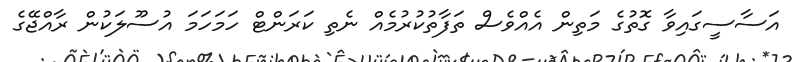
އަސާސީގައިވާ ގޮތުގެ މަތިން އެއްވެސް ތަފާތުކުރުމެއް ނެތި ކަރަންޓް ހަމަހަމަ އުސޫލަކުން ރާއްޖޭގެ